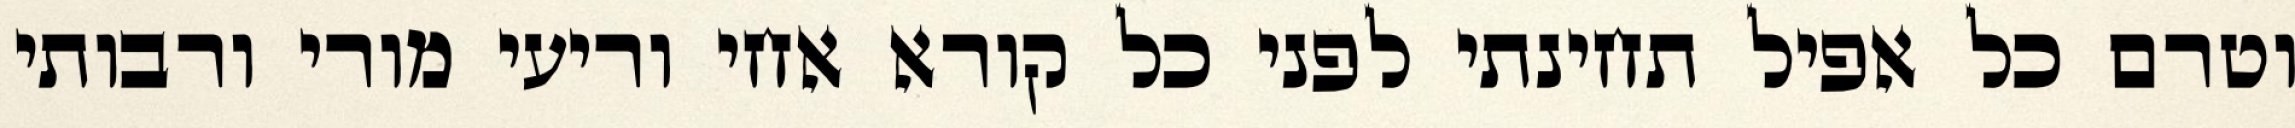
וטרם כל אפיל תחינתי לפני כל קורא אחי וריעי מורי ורבותי